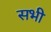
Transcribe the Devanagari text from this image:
सभी